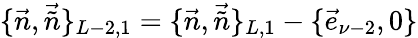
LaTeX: \{ \vec{n},\vec{\tilde{n}}\} _{L-2,1}=\{ \vec{n},\vec{\tilde{n}}\} _{L,1}-\{ \vec{e}_{\nu-2},0\}